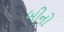
બીનો